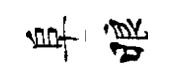
阜睱